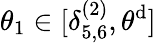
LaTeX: \theta_{1}\in[\delta_{5,6}^{(2)},\theta^{\mathrm{d}}]